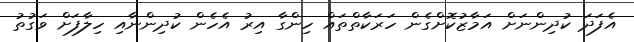
އެފަދަ ކުދިންނަށް އަމާޒުކޮށްގެން ހަރަކާތްތައް ހިންގާ އިރު އެހެން ކުދިންނާއި ހިލާފަށް ވަގުތު